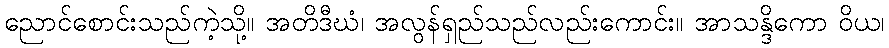
ညောင်စောင်းသည်ကဲ့သို့။ အတိဒီဃံ၊ အလွန်ရှည်သည်လည်းကောင်း။ အာသန္ဒိကော ဝိယ၊